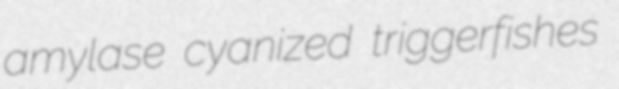
amylase cyanized triggerfishes